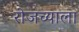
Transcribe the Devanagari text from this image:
रोजच्याला